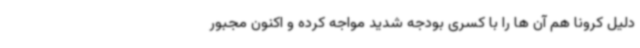
دلیل کرونا هم آن ها را با کسری بودجه شدید مواجه کرده و اکنون مجبور